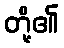
တို့၏